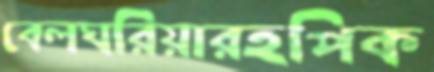
বেলঘরিয়ারহপিক